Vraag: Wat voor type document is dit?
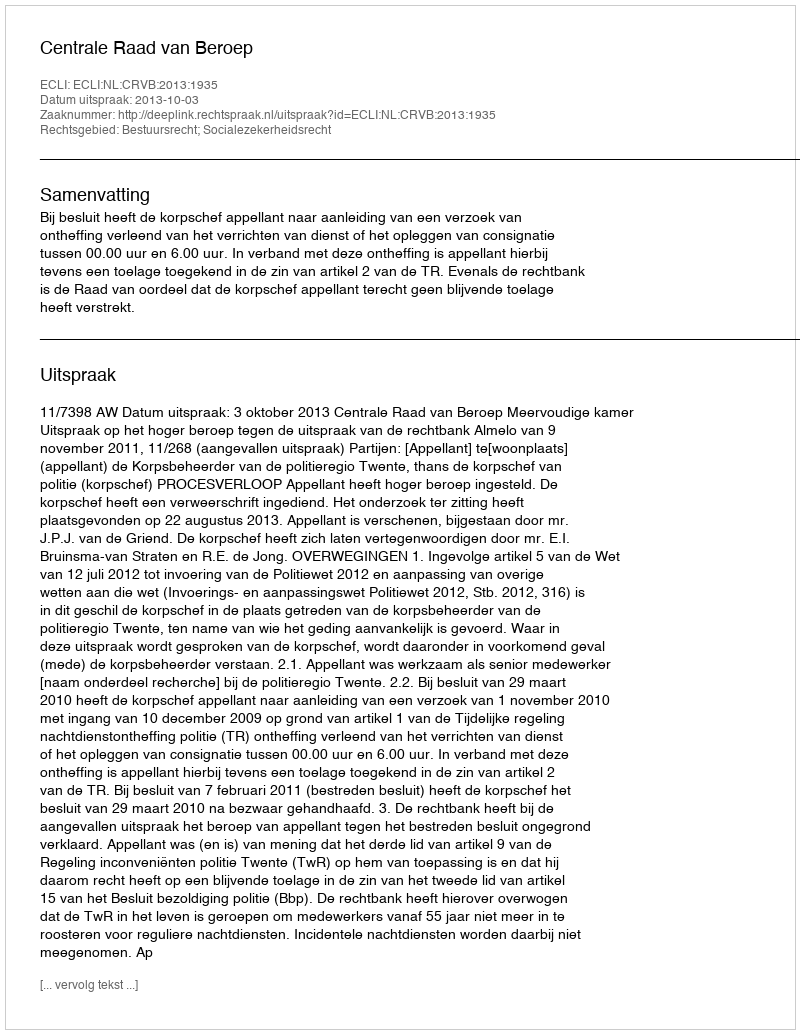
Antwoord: Uitspraak